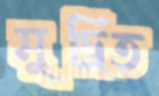
মুদ্রিত